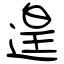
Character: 遑